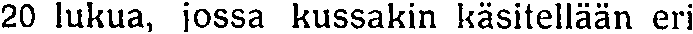
20 lukua, jossa kussakin käsitellään eri